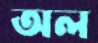
অল